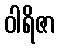
ဝါရိဇာ